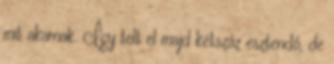
mit akarnak. Így telt el majd kétszáz esztendő, de